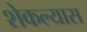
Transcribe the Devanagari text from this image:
शेकल्यास